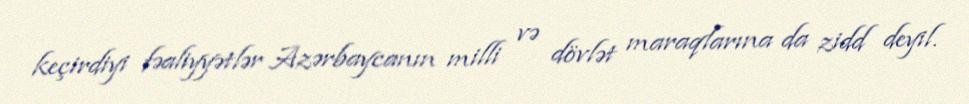
keçirdiyi fəaliyyətlər Azərbaycanın milli və dövlət maraqlarına da zidd deyil.